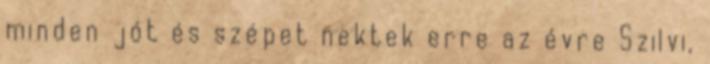
minden jót és szépet nektek erre az évre Szilvi,